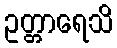
ဥတ္တာရေသိ